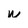
Character: w